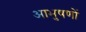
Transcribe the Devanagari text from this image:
आभुषणों